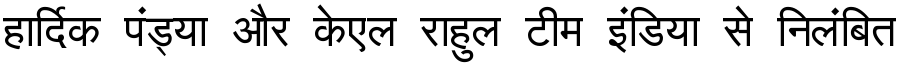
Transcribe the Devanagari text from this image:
हार्दिक पंड्या और केएल राहुल टीम इंडिया से निलंबित